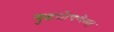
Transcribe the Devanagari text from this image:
युद्धघोषणेसह